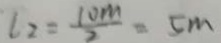
l _ { 2 } = \frac { 1 0 m } { 2 } = 5 m